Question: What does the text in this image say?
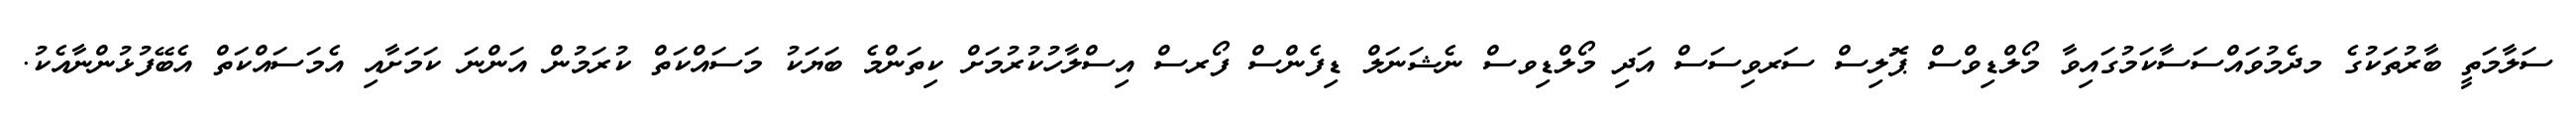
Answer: ސަލާމަތީ ބާރުތަކުގެ މދެމުވައްސަސާކަމުގައިވާ މޯލްޑިވްސް ޕޮލިސް ސަރވިސަސް އަދި މޯލްޑިވސް ނެޝަނަލް ޑިފެންސް ފޯރސް އިސްލާހުކުރުމަށް ކިތަންމެ ބަޔަކު މަސައްކަތް ކުރަމުން އަންނަ ކަމަށާއި އެމަސައްކަތް އެބޭފުޅުންނާއެކު.